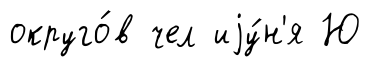
округо́в чел иjу́н'я Ю